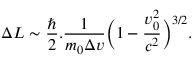
\Delta L \sim \frac { \hslash } { 2 } . \frac { 1 } { m _ { 0 } \Delta v } \Bigl ( 1 - \frac { v _ { 0 } ^ { 2 } } { c ^ { 2 } } \Bigr ) ^ { 3 / 2 } .